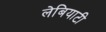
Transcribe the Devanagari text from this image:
लेबियाटी